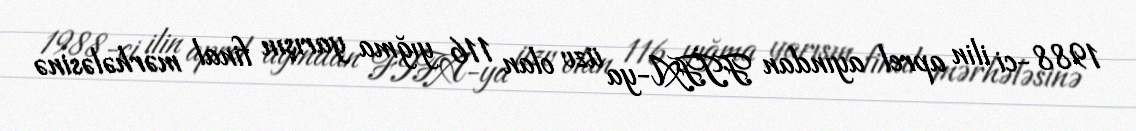
1988-ci ilin aprel ayından FİFA-ya üzv olan 116 yığma yarışın final mərhələsinə